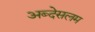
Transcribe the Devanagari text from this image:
अब्देसलम